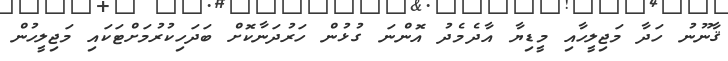
ޤާނޫނު ހަދާ މަޖިލީހާއި މީޑިޔާ އާދެމެދު އޮންނަ ގުޅުން ހަރުދަނާކޮށް ބަދަހިކުރުމަށްޓަކައި މަޖިލީހުން